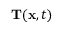
{ \mathbf T } ( { \mathbf x } , t )